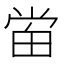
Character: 𰣈